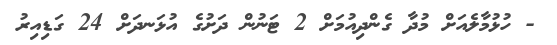
- ހުޅުމާލެއަށް މުދާ ގެންދިއުމަށް 2 ޓަނުން ދަށުގެ އުޅަނދަށް 24 ގަޑިއިރު